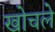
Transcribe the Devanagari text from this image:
खोचले